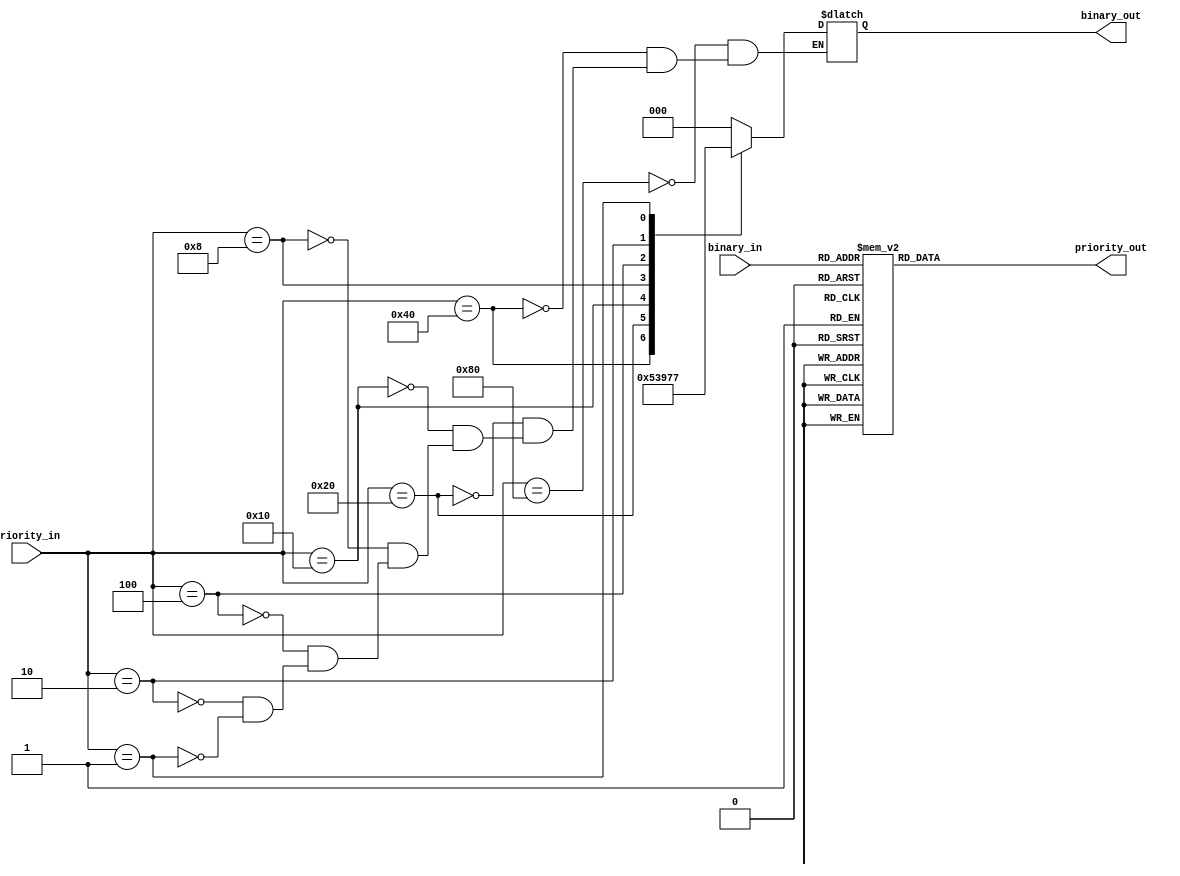
module Priority_Encoder_Decoder (
    input [7:0] priority_in,
    output reg [2:0] binary_out,
    input [2:0] binary_in,
    output reg [7:0] priority_out
    );

    always @(*)
    begin
        case(priority_in)
            8'b10000000: binary_out = 3'b000;
            8'b01000000: binary_out = 3'b001;
            8'b00100000: binary_out = 3'b010;
            8'b00010000: binary_out = 3'b011;
            8'b00001000: binary_out = 3'b100;
            8'b00000100: binary_out = 3'b101;
            8'b00000010: binary_out = 3'b110;
            8'b00000001: binary_out = 3'b111;
        endcase
    end

    always @(*)
    begin
        case(binary_in)
            3'b000: priority_out = 8'b10000000;
            3'b001: priority_out = 8'b01000000;
            3'b010: priority_out = 8'b00100000;
            3'b011: priority_out = 8'b00010000;
            3'b100: priority_out = 8'b00001000;
            3'b101: priority_out = 8'b00000100;
            3'b110: priority_out = 8'b00000010;
            3'b111: priority_out = 8'b00000001;
        endcase
    end

endmodule